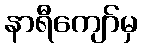
နာရီကျော်မှ